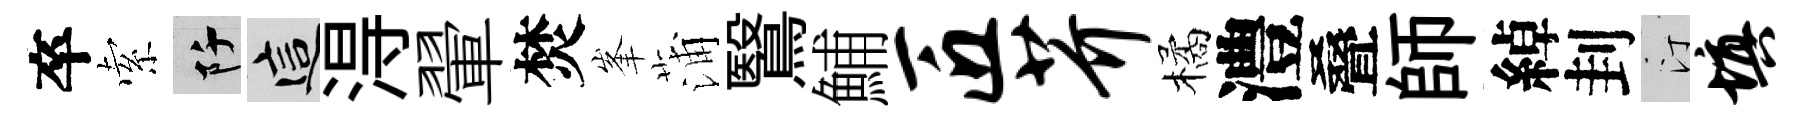
卒索阡這淂翬焚峯蒲鷖鯆匠芥橘澧叠師綽刲汀填